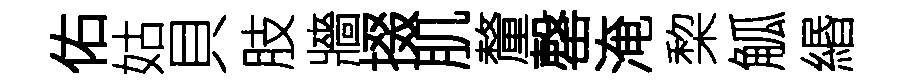
佑姑貝肢牆掇肌釐罄淹棃觚緡